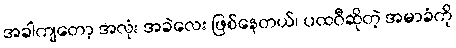
အခါကျတော့ အလုံး အခဲလေး ဖြစ်နေတယ်၊ ပထဝီဆိုတဲ့ အမာခံကို